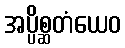
အပ္ပိစ္ဆတံယေဝ